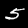
Label: 5